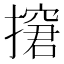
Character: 㩈